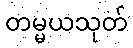
တမ္မယသုတ်